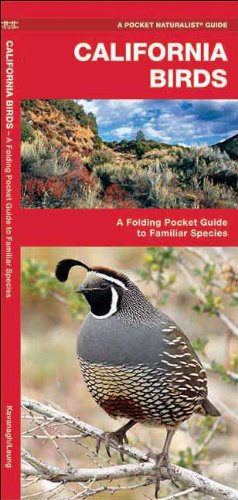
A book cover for California Birds: A Folding Pocket Guide to Familiar Species (Pocket Naturalist Guide Series); James Kavanagh; Travel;